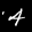
Label: 4